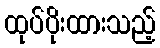
ထုပ်ပိုးထားသည့်